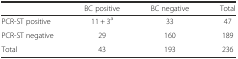
<table><thead><tr><td></td><td><b>BC positive</b></td><td><b>BC negative</b></td><td><b>Total</b></td></tr></thead><tbody><tr><td>PCR-ST positive</td><td>11 + 3<sup>a</sup></td><td>33</td><td>47</td></tr><tr><td>PCR-ST negative</td><td>29</td><td>160</td><td>189</td></tr><tr><td>Total</td><td>43</td><td>193</td><td>236</td></tr></tbody></table>